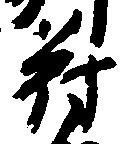
苻